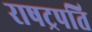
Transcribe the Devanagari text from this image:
राषट्रपति